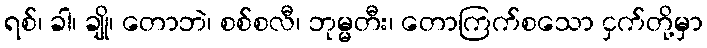
ရစ်၊ ခါ၊ ချို၊ တောဘဲ၊ စစ်စလီ၊ ဘုမ္မတီး၊ တောကြက်စသော ငှက်တို့မှာ